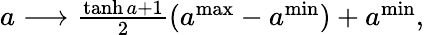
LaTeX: \begin{array}{r}{a\longrightarrow\frac{\operatorname{tanh}a+1}{2}(a^{\mathrm{max}}-a^{\mathrm{min}})+a^{\mathrm{min}},}\end{array}